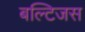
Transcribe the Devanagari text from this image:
बल्टिजस